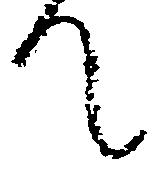
て